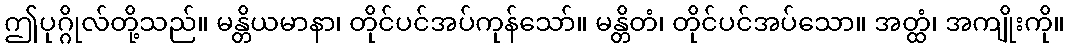
ဤပုဂ္ဂိုလ်တို့သည်။ မန္တိယမာနာ၊ တိုင်ပင်အပ်ကုန်သော်။ မန္တိတံ၊ တိုင်ပင်အပ်သော။ အတ္ထံ၊ အကျိုးကို။